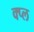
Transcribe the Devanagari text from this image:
क्प्ल